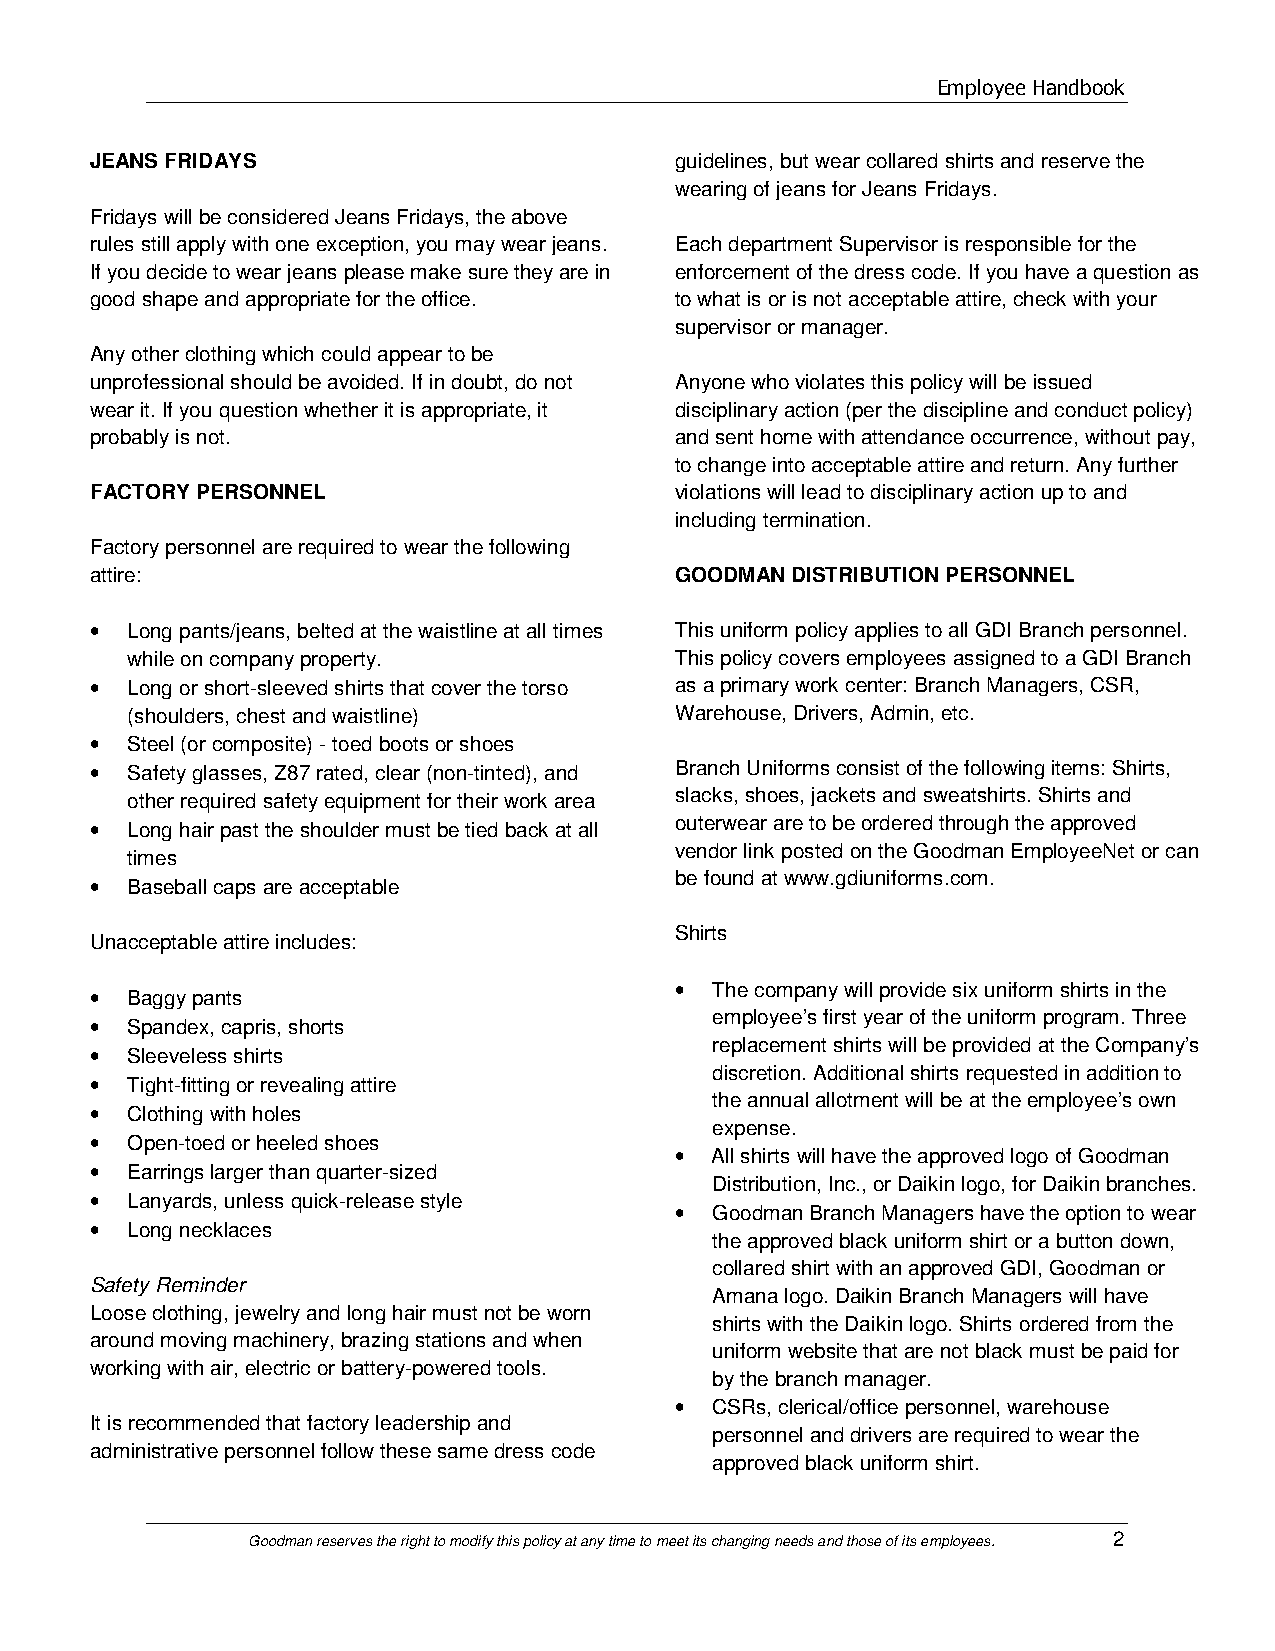
Employee Handbook
 JEANS FRIDAYS                          guidelines, but wear collared shirts and reserve the
 wearing of jeans for Jeans Fridays.
 Fridays will be considered Jeans Fridays, the above
 rules still apply with one exception, you may wear jeans. Each department Supervisor is responsible for the
 If you decide to wear jeans please make sure they are in enforcement of the dress code. If you have a question as
 good shape and appropriate for the office. to what is or is not acceptable attire, check with your
 supervisor or manager.
 Any other clothing which could appear to be
 unprofessional should be avoided. If in doubt, do not Anyone who violates this policy will be issued
 wear it. If you question whether it is appropriate, it disciplinary action (per the discipline and conduct policy)
 probably is not.                       and sent home with attendance occurrence, without pay,
 to change into acceptable attire and return. Any further
 FACTORY PERSONNEL                      violations will lead to disciplinary action up to and
 including termination.
 Factory personnel are required to wear the following
 attire:                                GOODMAN DISTRIBUTION PERSONNEL
 • Long pants/jeans, belted at the waistline at all times This uniform policy applies to all GDI Branch personnel.
 while on company property.           This policy covers employees assigned to a GDI Branch
 • Long or short-sleeved shirts that cover the torso as a primary work center: Branch Managers, CSR,
 (shoulders, chest and waistline)     Warehouse, Drivers, Admin, etc.
 • Steel (or composite) - toed boots or shoes
 • Safety glasses, Z87 rated, clear (non-tinted), and Branch Uniforms consist of the following items: Shirts,
 other required safety equipment for their work area slacks, shoes, jackets and sweatshirts. Shirts and
 • Long hair past the shoulder must be tied back at all outerwear are to be ordered through the approved
 vendor link posted on the Goodman EmployeeNet or can
 times
 • Baseball caps are acceptable         be found at www.gdiuniforms.com.
 Shirts
 Unacceptable attire includes:
 • Baggy pants                          • The company will provide six uniform shirts in the
 • Spandex, capris, shorts                employee’s first year of the uniform program. Three
 replacement shirts will be provided at the Company’s
 • Sleeveless shirts
 discretion. Additional shirts requested in addition to
 • Tight-fitting or revealing attire
 the annual allotment will be at the employee’s own
 • Clothing with holes
 expense.
 • Open-toed or heeled shoes
 • All shirts will have the approved logo of Goodman
 • Earrings larger than quarter-sized
 Distribution, Inc., or Daikin logo, for Daikin branches.
 • Lanyards, unless quick-release style
 • Goodman Branch Managers have the option to wear
 • Long necklaces
 the approved black uniform shirt or a button down,
 collared shirt with an approved GDI, Goodman or
 Safety Reminder
 Amana logo. Daikin Branch Managers will have
 Loose clothing, jewelry and long hair must not be worn
 shirts with the Daikin logo. Shirts ordered from the
 around moving machinery, brazing stations and when
 uniform website that are not black must be paid for
 working with air, electric or battery-powered tools.
 by the branch manager.
 • CSRs, clerical/office personnel, warehouse
 It is recommended that factory leadership and
 personnel and drivers are required to wear the
 administrative personnel follow these same dress code
 approved black uniform shirt.
 Goodman reserves the right to modify this policy at any time to meet its changing needs and those of its employees. 2